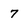
Character: 7